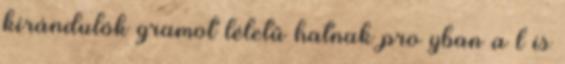
kirándulók gramot léletű hatnak pro yban a l is